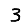
Digit: 3